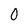
Character: 0